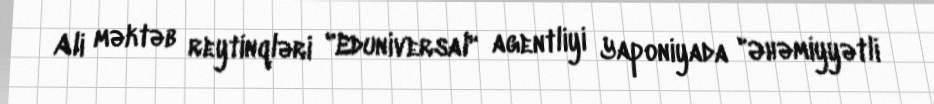
Ali məktəb reytinqləri "Eduniversal" agentliyi Yaponiyada "Əhəmiyyətli